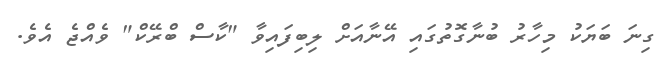
ގިނަ ބަޔަކު މިހާރު ބުނާގޮތުގައި އޭނާއަށް ލިބިފައިވާ "ކާސް ބްރޭކް" ވެއްޖެ އެވެ.